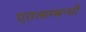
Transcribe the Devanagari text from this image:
एतत्सम्बन्धी